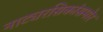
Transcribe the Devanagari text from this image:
नाट्यरसिकांसमोर